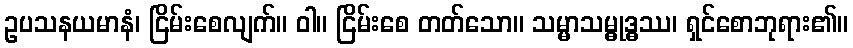
ဥပသနယမာနံ၊ ငြိမ်းစေလျက်။ ဝါ။ ငြိမ်းစေ တတ်သော။ သမ္မာသမ္ဓုဒ္ဓဿ၊ ရှင်စောဘုရား၏။